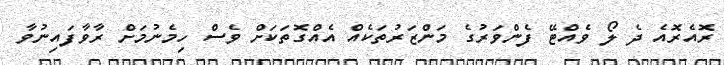
ރޮއެރޮއެ ދެ ލޯ ވެއްޓޭ ފެންވަރުގެ މަންޒަރުތަކެއް އެއްގޮތަކަށް ވެސް ހިމެނުމަށް ރާވާފައިނުވާ